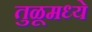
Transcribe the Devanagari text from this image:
तुळूमध्ये